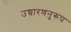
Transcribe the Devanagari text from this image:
उच्चारणनुरूप